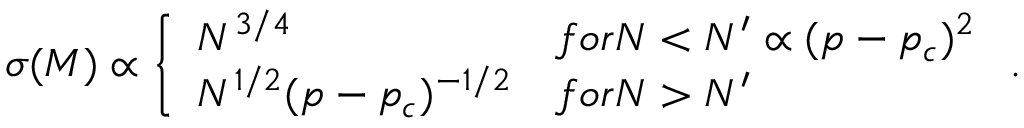
\sigma ( M ) \propto \left\{ \begin{array} { l l } { N ^ { 3 / 4 } } & { f o r N < N ^ { \prime } \propto ( p - p _ { c } ) ^ { 2 } } \\ { N ^ { 1 / 2 } ( p - p _ { c } ) ^ { - 1 / 2 } } & { f o r N > N ^ { \prime } } \end{array} \right. .